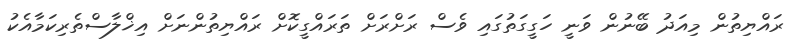
ރައްޔިތުން މިއަދު ބޭނުން ވަނީ ހަގީގަތުގައި ވެސް ރަށްރަށް ތަރައްގީކޮށް ރައްޔިތުންނަށް އިޚްލާސްތެރިކަމާއެކު